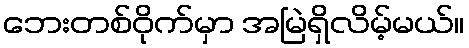
ဘေးတစ်ဝိုက်မှာ အမြဲရှိလိမ့်မယ်။